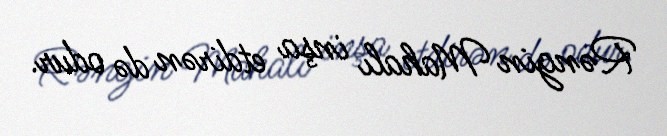
Rəngin Mahalı inşa etdirən də odur.